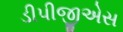
ડીપીજીએસ